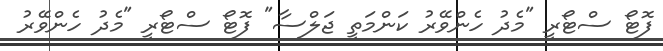
ފޮޓޯ ސްޓޯރީ "މެދު ހެންވޭރު ކަންމަތީ ޖަލްސާ" ފޮޓޯ ސްޓޯރީ "މެދު ހެންވޭރު